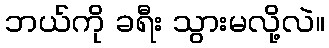
ဘယ်ကို ခရီး သွားမလို့လဲ။